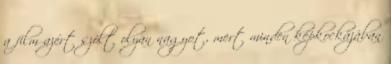
a film azért szólt olyan nagyot, mert minden képkockájában